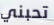
تحبني